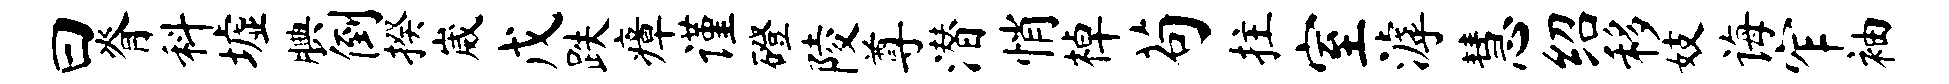
曰脊料墟腆倒揆崴戊跌瘴谨磴陵尊潜悄棹苟拄室滹慧绍移妓诲窄袖